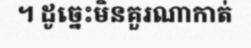
។ ដូច្នេះមិនគួរណាកាត់